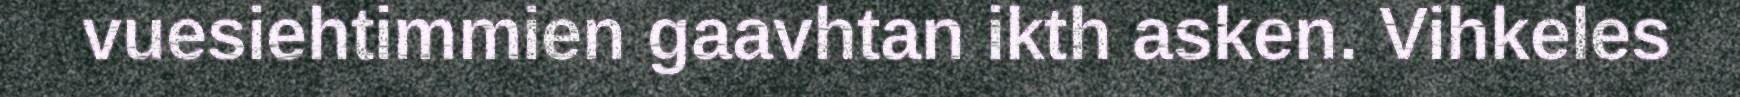
vuesiehtimmien gaavhtan ikth asken. Vihkeles